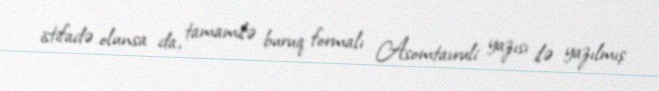
istifadə olunsa da, tamamilə buruq formalı Asomtavruli yazısı ilə yazılmış